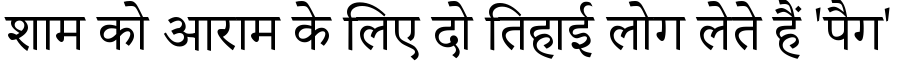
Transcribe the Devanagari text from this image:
शाम को आराम के लिए दो तिहाई लोग लेते हैं 'पैग'